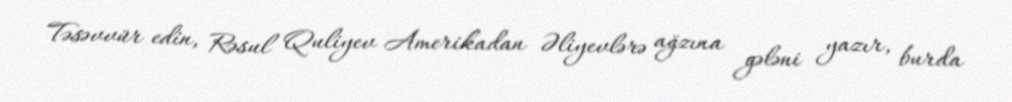
Təsəvvür edin, Rəsul Quliyev Amerikadan Əliyevlərə ağzına gələni yazır, burda